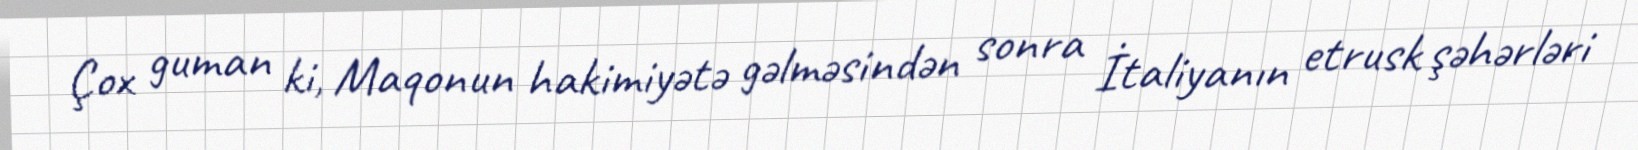
Çox guman ki, Maqonun hakimiyətə gəlməsindən sonra İtaliyanın etrusk şəhərləri